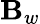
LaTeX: \mathbf{B}_{w}